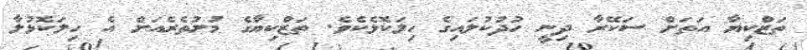
ތަޒްކިޔާ އަތަށް ސަކޭރާ ދިނީ ހުދުކުލައިގެ ހިލަކޮޅެކެވެ. ތަޒްކިޔާގެ މުށުތެރެއަށް އެ ހިލަކޮޅުލާ